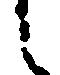
々